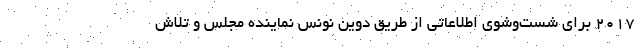
۲۰۱۷ برای شست‌وشوی اطلاعاتی از طریق دوین نونس نماینده مجلس و تلاش